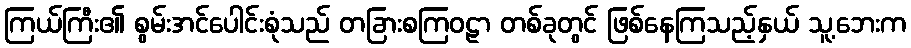
ကြယ်ကြီး၏ စွမ်းအင်ပေါင်းစုံသည် တခြားစကြဝဠာ တစ်ခုတွင် ဖြစ်နေကြသည့်နှယ် သူ့ဘေးက